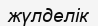
жүлделік